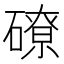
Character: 𥕴